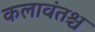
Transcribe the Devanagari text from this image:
कलावंतश्च